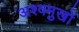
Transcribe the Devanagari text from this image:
अश्वमुखों